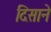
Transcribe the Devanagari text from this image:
दिसाने